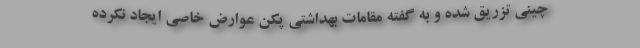
چینی تزریق شده و به گفته مقامات بهداشتی پکن عوارض خاصی ایجاد نکرده